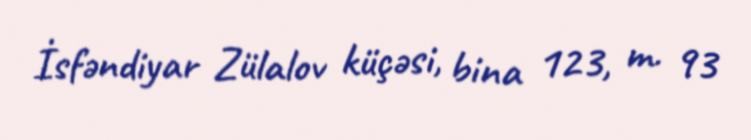
İsfəndiyar Zülalov küçəsi, bina 123, m. 93